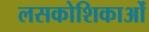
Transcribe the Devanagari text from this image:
लसकोशिकाओं